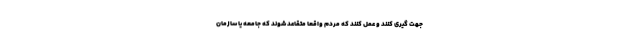
جهت گیری کنند و عمل کنند که مردم واقعاً متقاعد شوند که جامعه یا سازمان